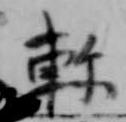
軫